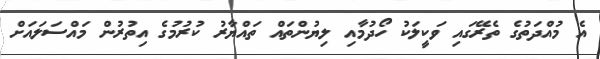
އެ މުއްދަތުގެ ތެރޭގައި ވަކީލަކު ހޯދުމާއި ލިޔުންތައް ތައްޔާރު ކުރުމުގެ އިތުރުން މައްސަލައަށް